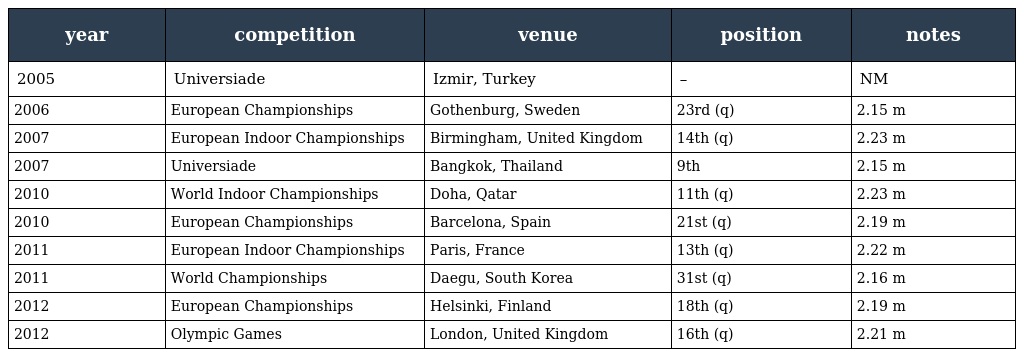
| year | competition | venue | position | notes |
 | --- | --- | --- | --- | --- |
 | 2005 | Universiade | Izmir, Turkey | – | NM |
 | 2006 | European Championships | Gothenburg, Sweden | 23rd (q) | 2.15 m |
 | 2007 | European Indoor Championships | Birmingham, United Kingdom | 14th (q) | 2.23 m |
 | 2007 | Universiade | Bangkok, Thailand | 9th | 2.15 m |
 | 2010 | World Indoor Championships | Doha, Qatar | 11th (q) | 2.23 m |
 | 2010 | European Championships | Barcelona, Spain | 21st (q) | 2.19 m |
 | 2011 | European Indoor Championships | Paris, France | 13th (q) | 2.22 m |
 | 2011 | World Championships | Daegu, South Korea | 31st (q) | 2.16 m |
 | 2012 | European Championships | Helsinki, Finland | 18th (q) | 2.19 m |
 | 2012 | Olympic Games | London, United Kingdom | 16th (q) | 2.21 m |